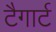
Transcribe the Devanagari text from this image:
टैगार्ट